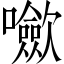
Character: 𡄥